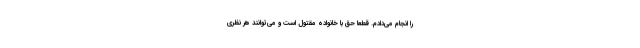
را انجام می‌دادم. قطعاً حق با خانواده مقتول است و می‌توانند هر نظری